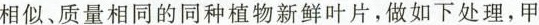
相似、质量相同的同种植物新鲜叶片，做如下处理，甲